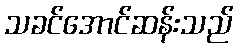
သခင်အောင်ဆန်းသည်